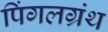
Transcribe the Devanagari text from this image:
पिंगलग्रंथ